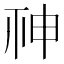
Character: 𥙍